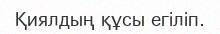
Қиялдың құсы егіліп.